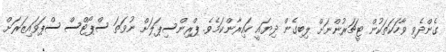
ގެންދެވި ވާހަކަތަކުން ޓީޗަރުންނަށް ލިބިގެން ދިޔައީ ހައިރާންކަމެވެ. ޕްރިންސިޕަލަށް ނުވަތަ ސްޕޯޓްސް ސްޕަވައިޒަރަށް